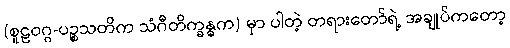
(စူဠဝဂ္ဂ-ပဉ္စသတိက သံဂီတိက္ခန္ဓက) မှာ ပါတဲ့ တရားတော်ရဲ့ အချုပ်ကတော့